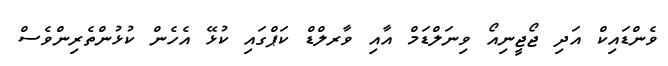
ވެންޑައިކް އަދި ޖޯޖީނިއޯ ވިނަލްޑަމް އާއި ވާރލްޑް ކަޕްގައި ކުޅޭ އެހެން ކުޅުންތެރިންވެސް